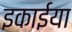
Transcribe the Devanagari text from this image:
इकाईया